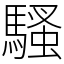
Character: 騷